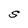
Character: S